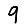
Digit: 9